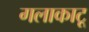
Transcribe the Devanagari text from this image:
गलाकाटू